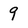
Character: 9